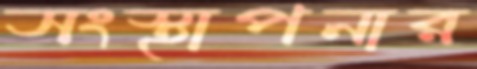
সংস্থাপনার